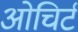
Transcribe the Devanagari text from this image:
ओचिर्ट